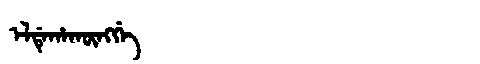
Manchu: ᡝᠯᡩᡝᡥᠠᡴᡡᠩᡤᡝ
Romanization: ELDEHAKŪNGGE